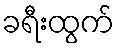
ခရီးထွက်